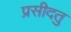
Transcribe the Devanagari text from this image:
प्रसीदतु